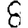
Digit: 8